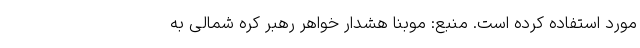
مورد استفاده کرده است. منبع: موبنا هشدار خواهر رهبر کره‌ شمالی به